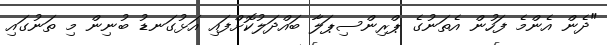
"ދެން އެންމެ ފަހުން އެތަނުގެ ޕްރިންސިޕަލާ ބައްދަލުކޮށްފައި އަޅުގަނޑު ބުނިން މި ތަނުގައި